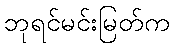
ဘုရင်မင်းမြတ်က